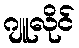
ဂျူလိုင်